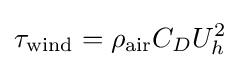
\tau _{\text{wind}}=\rho _{\text{air}}C_{D}U_{h}^{2}